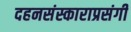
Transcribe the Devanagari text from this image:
दहनसंस्काराप्रसंगी